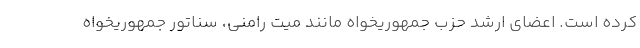
کرده است. اعضای ارشد حزب جمهوریخواه مانند میت رامنی، سناتور جمهوریخواه